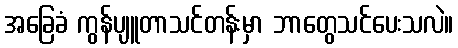
အခြေခံ ကွန်ပျူတာသင်တန်းမှာ ဘာတွေသင်ပေးသလဲ။